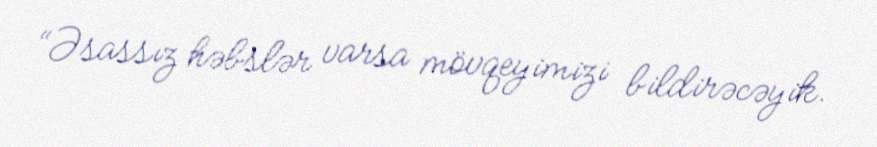
“Əsassız həbslər varsa mövqeyimizi bildirəcəyik.